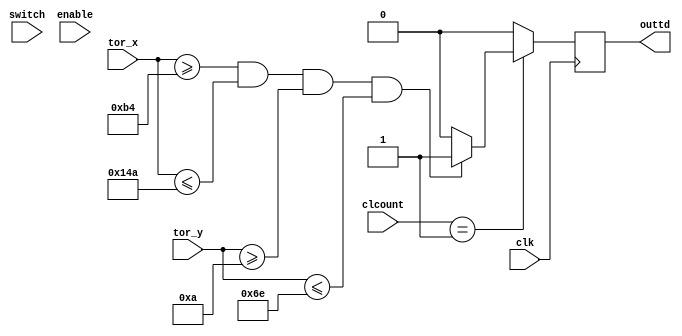
module TOUCH_DRAW2_2(
	input wire clk,
//	input wire reset,	
	input wire switch,
	input wire [1:0]clcount,
	input wire [7:0]enable,

	input wire [9:0]tor_x,
	input wire [8:0]tor_y,

	
	output reg outtd
	
	);
	
parameter[9:0] x1 = 11'd180;
parameter[9:0] x2 = 11'd330;
parameter[8:0] y1 = 11'd10;
parameter[8:0] y2 = 11'd110;


always @ (posedge clk)
	begin
		//if (((enable[7:0] > 8'd0) || (clcount[1:0] > 2'b0))&&(valid == 1)) 
		if (clcount == 1) 
		begin
			if ((tor_x[9:0]>=x1)&&(tor_x[9:0]<=x2)&&(tor_y[8:0]>=y1)&&(tor_y[8:0]<=y2))
					outtd = 1;
				else
					outtd = 0;
		end
		else
			outtd = 0;
	end	
endmodule